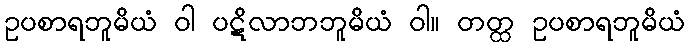
ဥပစာရဘူမိယံ ဝါ ပဋိလာဘဘူမိယံ ဝါ။ တတ္ထ ဥပစာရဘူမိယံ